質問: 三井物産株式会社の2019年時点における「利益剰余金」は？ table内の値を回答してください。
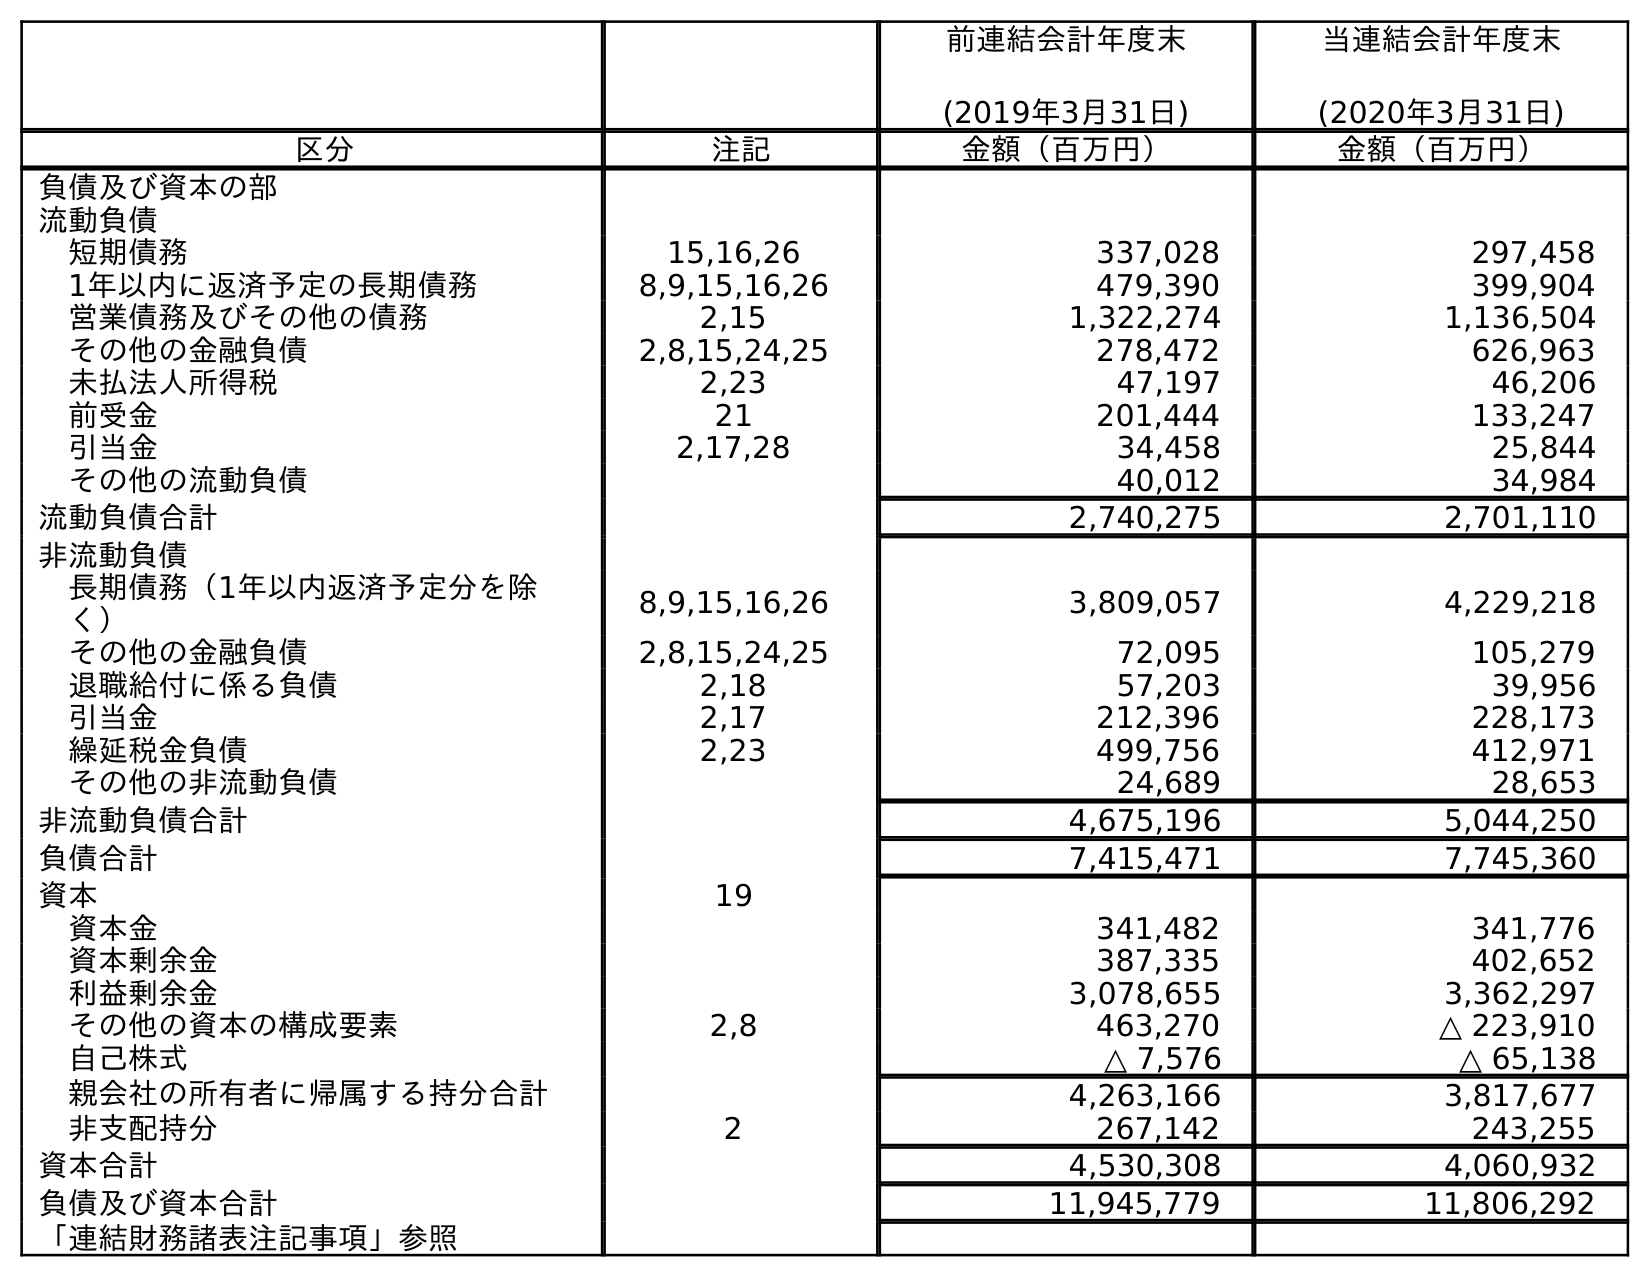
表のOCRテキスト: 前連結会計年度末 (2019年3月31日) 当連結会計年度末 (2020年3月31日) 区分 注記 金額（百万円） 金額（百万円） 負債及び資本の部 流動負債 短期債務 15,16,26 337,028 297,458 1年以内に返済予定の長期債務 8,9,15,16,26 479,390 399,904 営業債務及びその他の債務 2,15 1,322,274 1,136,504 その他の金融負債 2,8,15,24,25 278,472 626,963 未払法人所得税 2,23 47,197 46,206 前受金 21 201,444 133,247 引当金 2,17,28 34,458 25,844 その他の流動負債 40,012 34,984 流動負債合計 2,740,275 2,701,110 非流動負債 長期債務（1年以内返済予定分を除 く） 8,9,15,16,26 3,809,057 4,229,218 その他の金融負債 2,8,15,24,25 72,095 105,279 退職給付に係る負債 2,18 57,203 39,956 引当金 2,17 212,396 228,173 繰延税金負債 2,23 499,756 412,971 その他の非流動負債 24,689 28,653 非流動負債合計 4,675,196 5,044,250 負債合計 7,415,471 7,745,360 資本 19 資本金 341,482 341,776 資本剰余金 387,335 402,652 利益剰余金 3,078,655 3,362,297 その他の資本の構成要素 2,8 463,270 △ 223,910 自己株式 △ 7,576 △ 65,138 親会社の所有者に帰属する持分合計 4,263,166 3,817,677 非支配持分 2 267,142 243,255 資本合計 4,530,308 4,060,932 負債及び資本合計 11,945,779 11,806,292 「連結財務諸表注記事項」参照
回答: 3,078,655